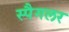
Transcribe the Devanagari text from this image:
स्पैगलर